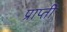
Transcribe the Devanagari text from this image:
प्राप्ती